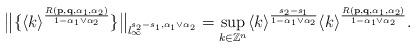
LaTeX: \begin{align*} \big\|\{\langle k\rangle^{\frac{R(\mathbf{p},\mathbf{q},\alpha_1,\alpha_2)}{1-\alpha_1\vee \alpha_2}}\}\big\|_{l_{\infty}^{s_2-s_1,\alpha_1\vee\alpha_2}} =\sup_{k\in \mathbb{Z}^n}\langle k\rangle^{\frac{s_2-s_1}{1-\alpha_1\vee \alpha_2}}\langle k\rangle^{\frac{R(\mathbf{p},\mathbf{q},\alpha_1,\alpha_2)}{1-\alpha_1\vee \alpha_2}}.\end{align*}